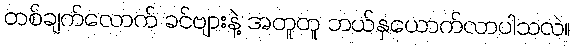
တစ်ချက်လောက် ခင်ဗျားနဲ့ အတူတူ ဘယ်နှယောက်လာပါသလဲ။